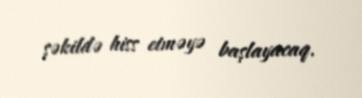
şəkildə hiss etməyə başlayacaq.